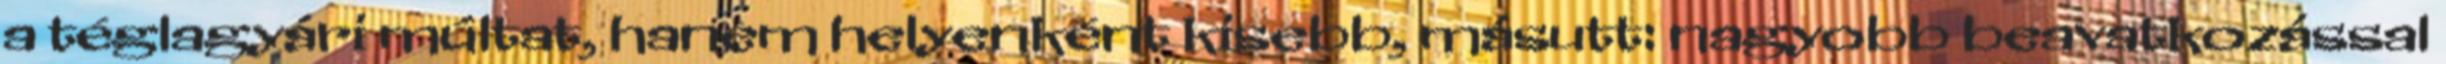
a téglagyári múltat, hanem helyenként kisebb, másutt: nagyobb beavatkozással